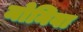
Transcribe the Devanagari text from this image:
मोनिवा